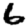
Digit: 6